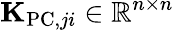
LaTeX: {\mathbf K}_{\mathrm{PC},ji}\in\mathbb{R}^{n\times n}